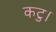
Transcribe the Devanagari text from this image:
कटु।